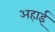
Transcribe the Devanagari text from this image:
अहाई